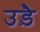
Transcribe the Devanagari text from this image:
उड़ै